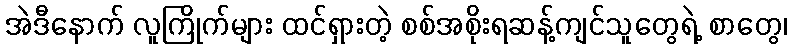
အဲဒီနောက် လူကြိုက်များ ထင်ရှားတဲ့ စစ်အစိုးရဆန့်ကျင်သူတွေရဲ့ စာတွေ၊